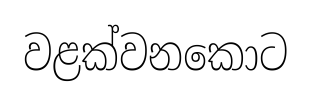
වළක්වනකොට